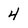
Character: 4